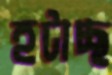
হটাচ্ছ